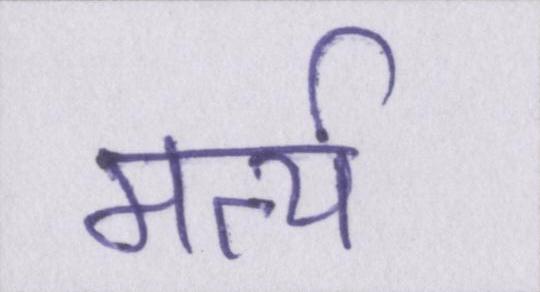
मर्त्य